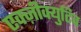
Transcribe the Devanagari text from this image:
एक्ज़ीक्युटिव